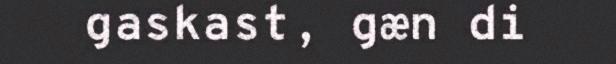
gaskast, gæn di